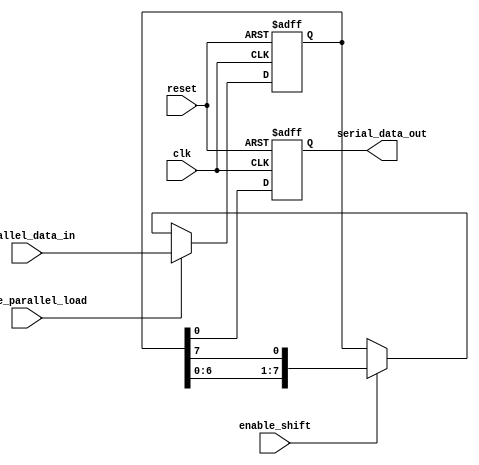
module piso_register (
  input clk,
  input reset,
  input enable_parallel_load,
  input enable_shift,
  input [7:0] parallel_data_in,
  output reg serial_data_out
);

reg [7:0] data_reg;

always @(posedge clk or posedge reset) begin
  if (reset) begin
    data_reg <= 8'b0;
    serial_data_out <= 1'b0;
  end else begin
    if (enable_parallel_load) begin
      data_reg <= parallel_data_in;
    end else if (enable_shift) begin
      data_reg <= {data_reg[6:0], data_reg[7]};
    end
    serial_data_out <= data_reg[0];
  end
end

endmodule